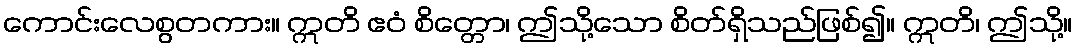
ကောင်းလေစွတကား။ ဣတိ ဧဝံ စိတ္တော၊ ဤသို့သော စိတ်ရှိသည်ဖြစ်၍။ ဣတိ၊ ဤသို့။